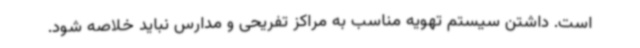
است. داشتن سیستم تهویه مناسب به مراکز تفریحی و مدارس نباید خلاصه شود.